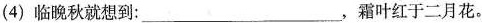
(4) 临晚秋就想到：___，霜叶红于二月花。